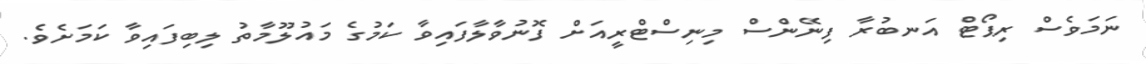
ނަމަވެސް ރިޕޯޓް އަނބުރާ ފިނޭންސް މިނިސްޓްރީއަށް ފޮނުވާލާފައިވާ ކަމުގެ މައުލޫމާތު ލިބިފައިވާ ކަމަށެވެ.